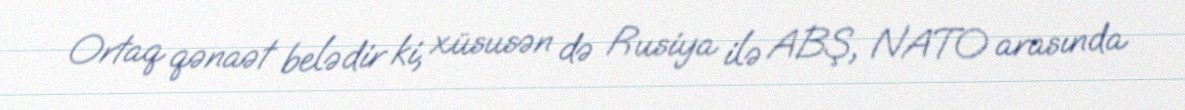
Ortaq qənaət belədir ki, xüsusən də Rusiya ilə ABŞ, NATO arasında